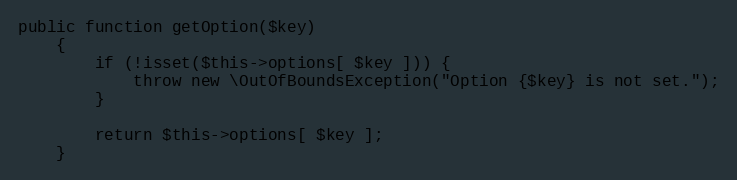
Language: PHP
public function getOption($key)
    {
        if (!isset($this->options[ $key ])) {
            throw new \OutOfBoundsException("Option {$key} is not set.");
        }

        return $this->options[ $key ];
    }